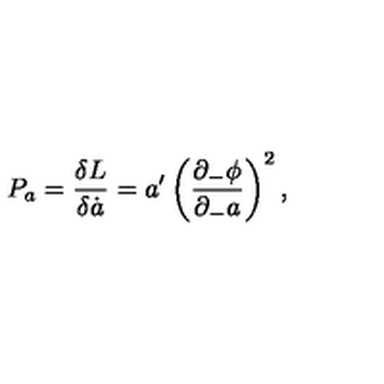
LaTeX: P _ { a } = { \frac { \delta L } { \delta \dot { a } } } = { a ^ { \prime } } \left( { \frac { \partial _ { - } \phi } { \partial _ { - } a } } \right) ^ { 2 } ,